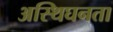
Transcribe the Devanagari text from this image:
अस्थिघनता